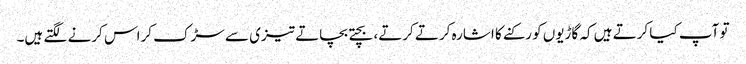
تو آپ کیا کرتے ہیں کہ گاڑیوں کو رکنے کا اشارہ کرتے کرتے، بچتے بچاتے تیزی سے سڑک کراس کرنے لگتے ہیں۔